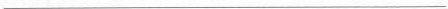
___